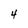
Character: 4